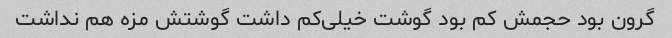
گرون بود حجمش کم بود‌ گوشت خیلی‌کم داشت گوشتش مزه هم نداشت